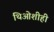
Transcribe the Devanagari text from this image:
थिओशीही